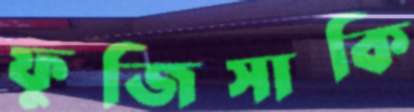
ফুজিসাকি